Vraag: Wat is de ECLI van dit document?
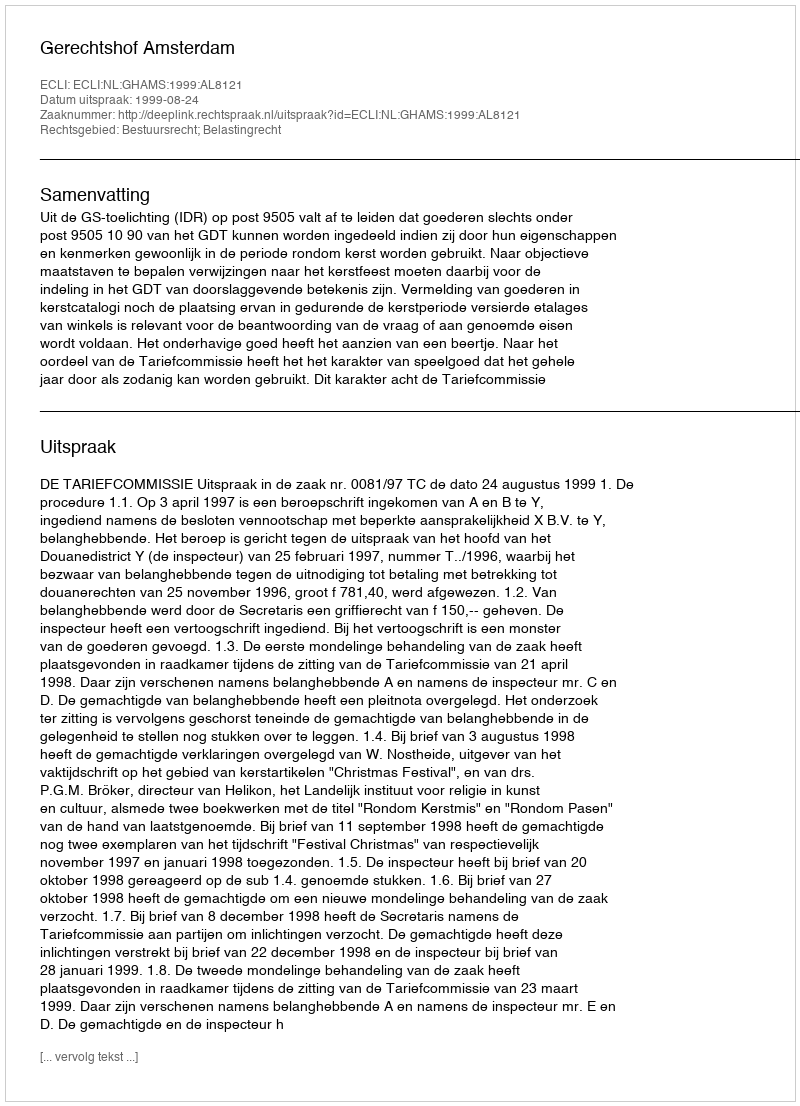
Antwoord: ECLI:NL:GHAMS:1999:AL8121